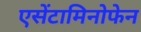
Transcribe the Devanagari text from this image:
एसेंटामिनोफेन